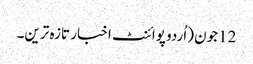
12جون (اُردو پوائنٹ اخبار تازہ ترین۔